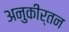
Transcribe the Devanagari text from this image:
अनुकीर्तन